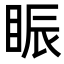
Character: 䀼